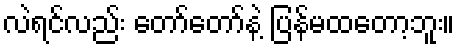
လဲရင်လည်း တော်တော်နဲ့ ပြန်မထတော့ဘူး။